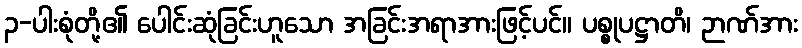
၃-ပါးစုံတို့၏ ပေါင်းဆုံခြင်းဟူသော အခြင်းအရာအားဖြင့်ပင်။ ပစ္စုပဋ္ဌာတိ၊ ဉာဏ်အား